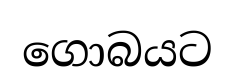
ගොබයට